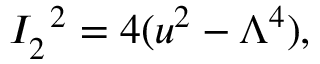
I _ { 2 } ^ { \; \; 2 } = 4 ( u ^ { 2 } - \Lambda ^ { 4 } ) ,